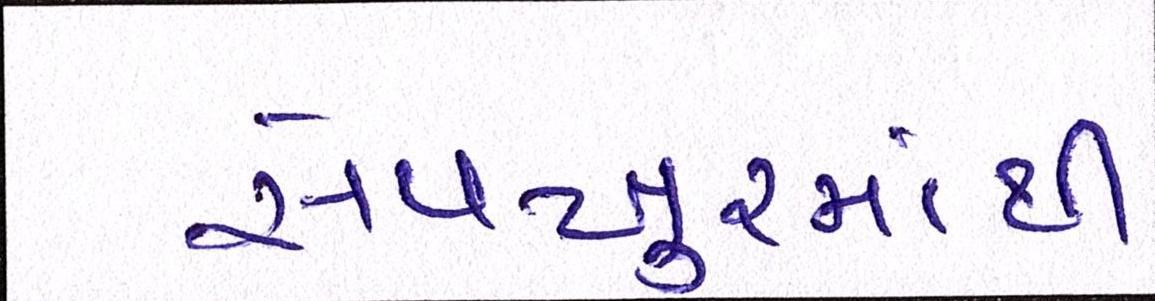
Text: સેવખુરમાંથી